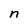
Character: n